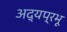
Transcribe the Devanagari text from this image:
अद्यप्रभू